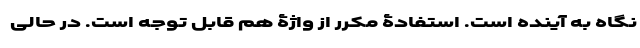
نگاه به آینده است. استفادۀ مکرر از واژۀ هم قابل توجه است. در حالی